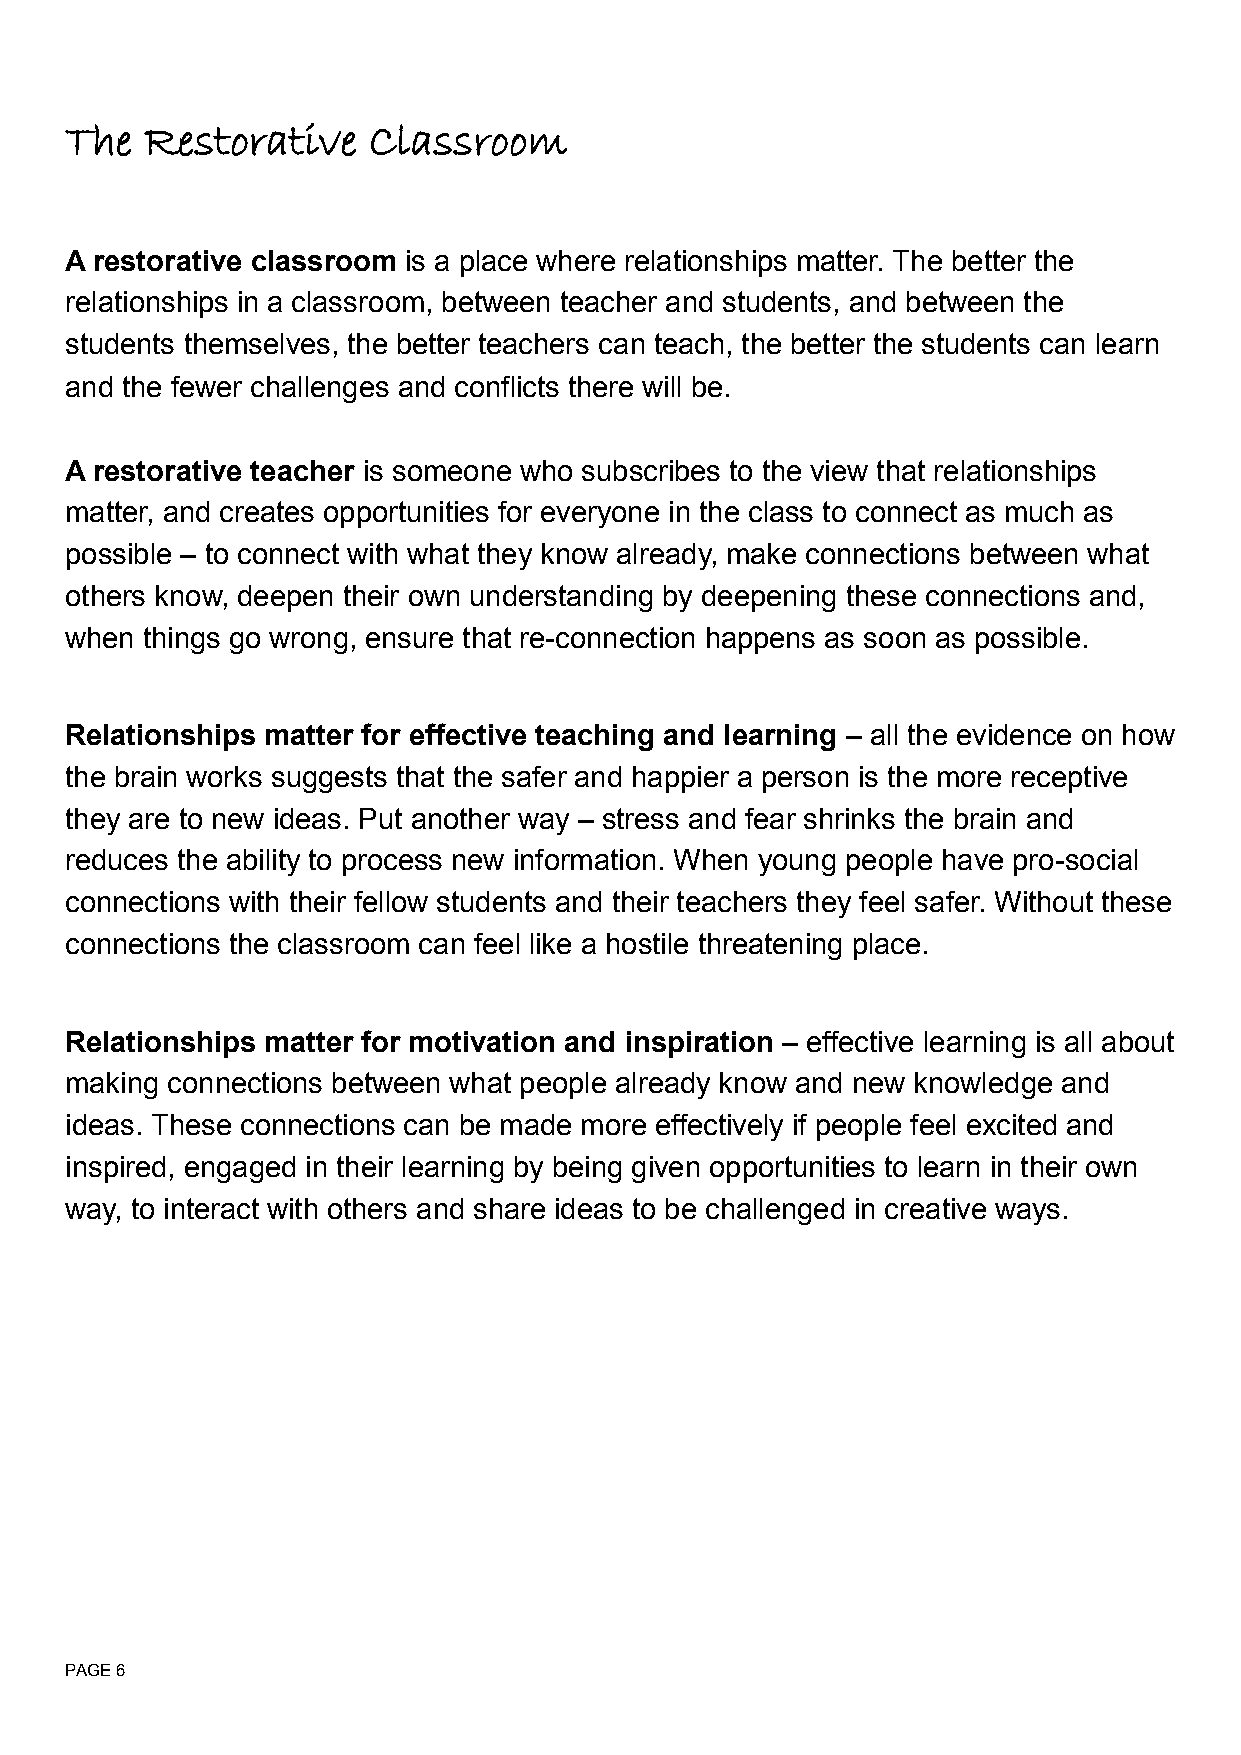
The   Restorative   Classroom
 A restorative classroom is a place where relationships matter. The better the
 relationships in a classroom, between teacher and students, and between the
 students themselves, the better teachers can teach, the better the students can learn
 and the fewer challenges and conflicts there will be.
 A restorative teacher is someone who subscribes to the view that relationships
 matter, and creates opportunities for everyone in the class to connect as much as
 possible – to connect with what they know already, make connections between what
 others know, deepen their own understanding by deepening these connections and,
 when things go wrong, ensure that re-connection happens as soon as possible.
 Relationships matter for effective teaching and learning – all the evidence on how
 the brain works suggests that the safer and happier a person is the more receptive
 they are to new ideas. Put another way – stress and fear shrinks the brain and
 reduces the ability to process new information. When young people have pro-social
 connections with their fellow students and their teachers they feel safer. Without these
 connections the classroom can feel like a hostile threatening place.
 Relationships matter for motivation and inspiration – effective learning is all about
 making connections between what people already know and new knowledge and
 ideas. These connections can be made more effectively if people feel excited and
 inspired, engaged in their learning by being given opportunities to learn in their own
 way, to interact with others and share ideas to be challenged in creative ways.
 PAGE 6